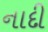
નાદી